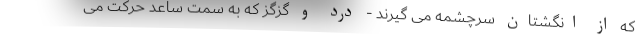
که از انگشتان سرچشمه می گیرند - درد و گزگز که به سمت ساعد حرکت می